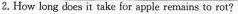
2.How long does it take for apple remains to rot?